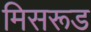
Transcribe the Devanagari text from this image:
मिसरूड